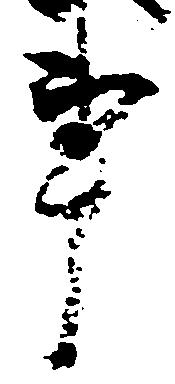
事